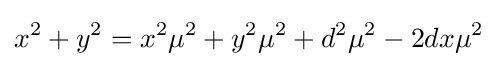
x^{2}+y^{2}=x^{2}\mu ^{2}+y^{2}\mu ^{2}+d^{2}\mu ^{2}-2dx\mu ^{2}